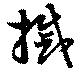
摵